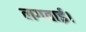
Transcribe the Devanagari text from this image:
लगवाई।